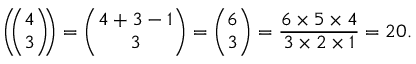
\left( \! \! { \binom { 4 } { 3 } } \! \! \right) = { \binom { 4 + 3 - 1 } { 3 } } = { \binom { 6 } { 3 } } = { \frac { 6 \times 5 \times 4 } { 3 \times 2 \times 1 } } = 2 0 .